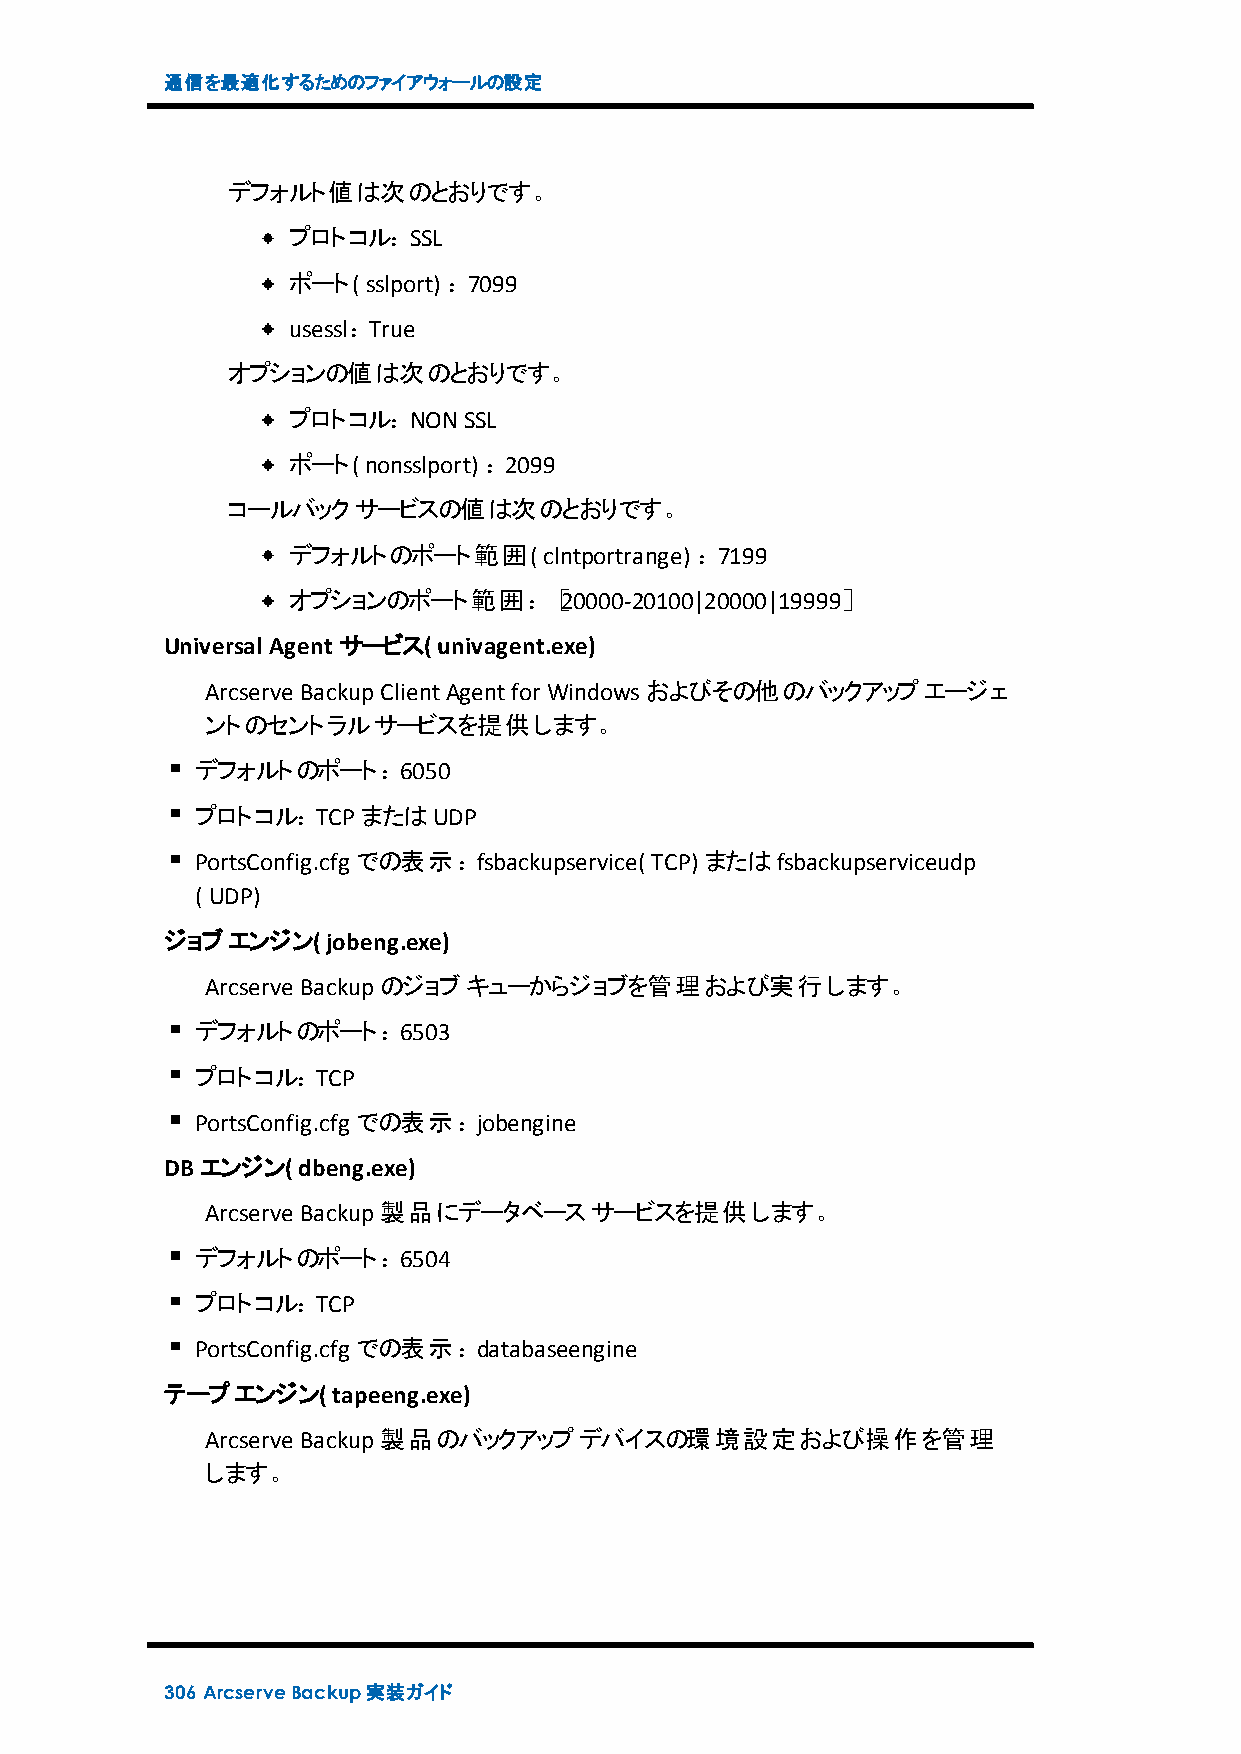
通信を最適化するためのファイアウォールの設定
 デフォルト値は次のとおりです。
 プロトコル：SSL
 ポート( sslport) ：7099
 usessl：True
 オプションの値は次のとおりです。
 プロトコル：NON   SSL
 ポート( nonsslport) ：2099
 コールバックサービスの値は次のとおりです。
 デフォルトのポート範囲(     clntportrange) ：7199
 オプションのポート範囲：［20000-20100|20000|19999］
 Universal Agent サービス( univagent.exe)
 Arcserve BackupClientAgentfor Windowsおよびその他のバックアップエージェ
 ントのセントラルサービスを提供します。
 デフォルトのポート：6050
 プロトコル：TCPまたはUDP
 PortsConfig.cfg での表示：fsbackupservice( TCP) またはfsbackupserviceudp
 ( UDP)
 ジョブエンジン(   jobeng.exe)
 Arcserve Backupのジョブキューからジョブを管理および実行します。
 デフォルトのポート：6503
 プロトコル：TCP
 PortsConfig.cfg での表示：jobengine
 DB エンジン( dbeng.exe)
 Arcserve Backup製品にデータベースサービスを提供します。
 デフォルトのポート：6504
 プロトコル：TCP
 PortsConfig.cfg での表示：databaseengine
 テープエンジン(   tapeeng.exe)
 Arcserve Backup製品のバックアップデバイスの環境設定および操作を管理
 します。
 306 ArcserveBackup実装ガイド